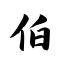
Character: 伯